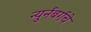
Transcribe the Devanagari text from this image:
न्युर्नबर्गचे